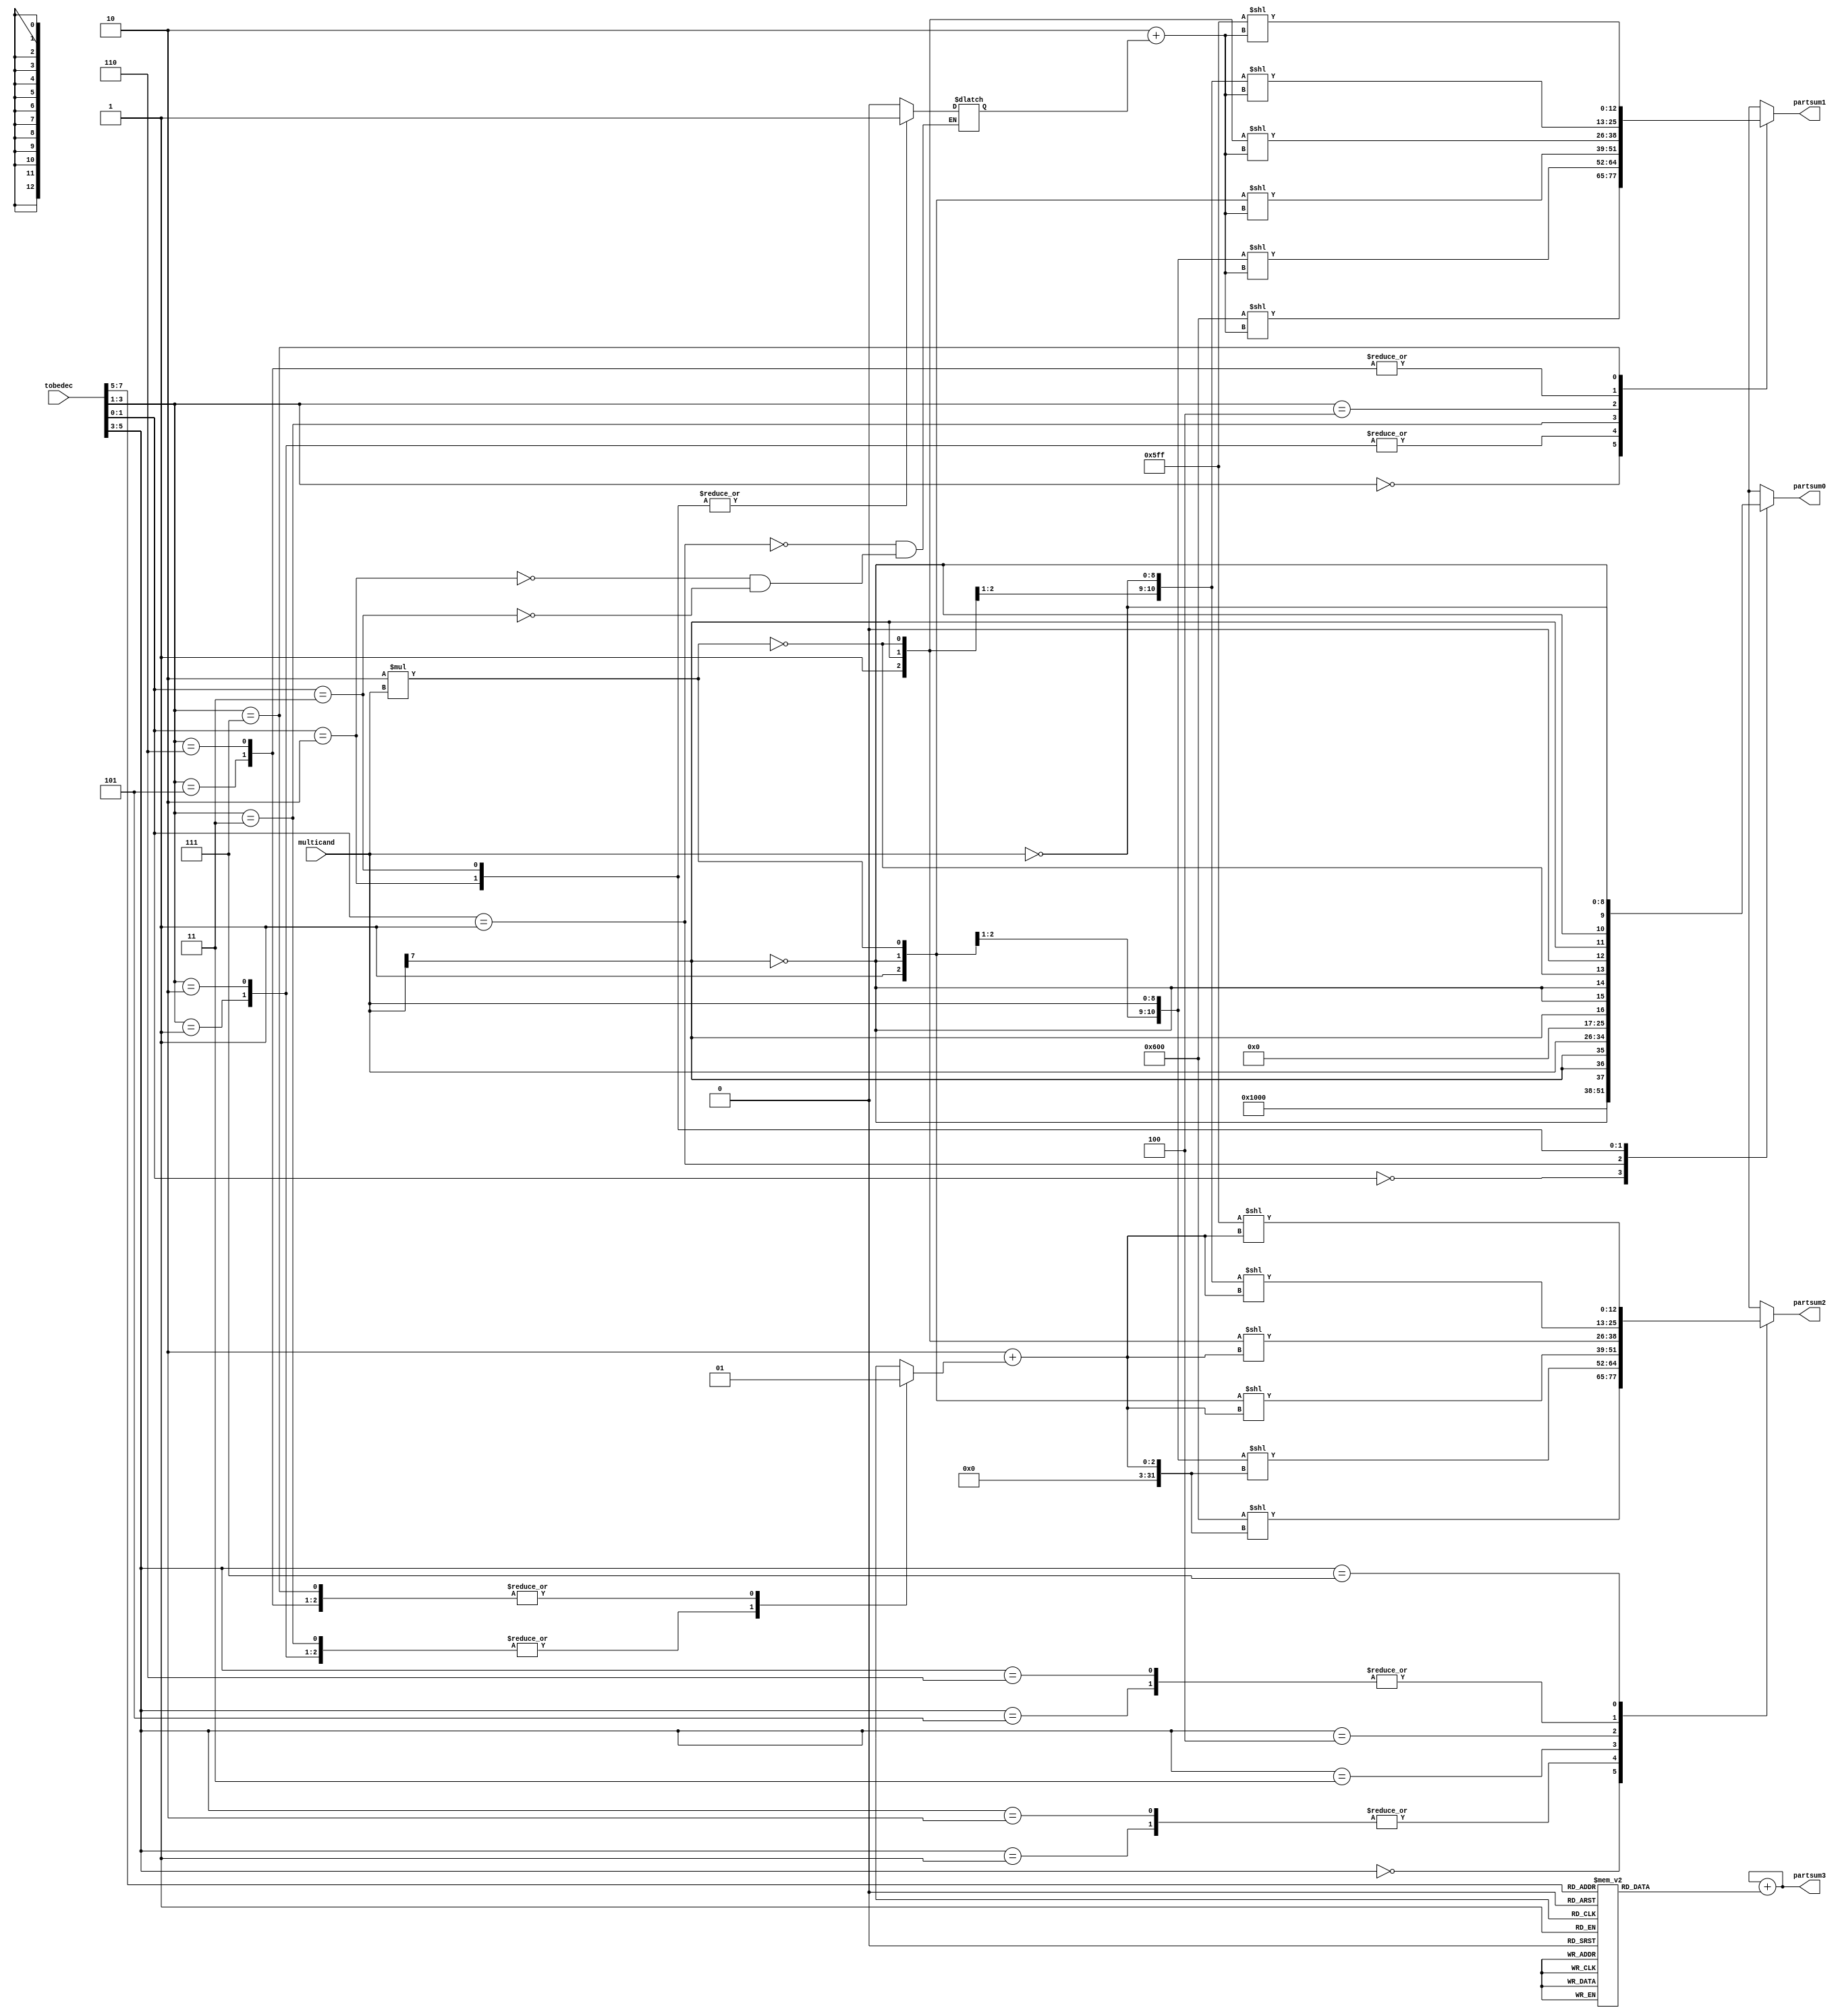
module booth_decoder(
    multicand, // already sign bit extended
    tobedec,
    partsum0,
    partsum1,
    partsum2,
    partsum3
    );
    parameter MULTICAND_WIDTH = 9;
    parameter PARTSUM_WIDTH = 13;
    reg s0,s1,s2,s3;
    reg multicand2;
    input [MULTICAND_WIDTH-1:0] multicand;
    input [8-1:0] tobedec;
    output reg [PARTSUM_WIDTH-1:0] partsum0,partsum1,partsum2,partsum3;
    always@(*)
    begin
        multicand2 <= 2*multicand;
        case(tobedec[1:0])  //last bit is 0
        2'b000:
        begin
           partsum0 <= {{1'b0},{3'b100},{MULTICAND_WIDTH{1'b0}}};
           s1 <= 0; 
        end 
        2'b01:
        begin
            partsum0 <= {{1'b0},{~multicand[MULTICAND_WIDTH-2]},{multicand[MULTICAND_WIDTH-2]},{multicand[MULTICAND_WIDTH-2]},multicand};
            s0 <= 0; 
        end 
        2'b10:
        begin
            partsum0 <= {{1'b0},{multicand[MULTICAND_WIDTH-2]},~{multicand[MULTICAND_WIDTH-2]},~{multicand[MULTICAND_WIDTH-2]},~multicand2};
            s0 <= 1;
        end 
        2'b11:
        begin
            partsum0 <= {{1'b0},{multicand[MULTICAND_WIDTH-2]},~{multicand[MULTICAND_WIDTH-2]},~{multicand[MULTICAND_WIDTH-2]},~multicand};
            s0 <= 1; 
        end  
        endcase
        case(tobedec[3:1])
        3'b000: //s=0 e=1
        begin
            partsum1 <= {{2'b11},{MULTICAND_WIDTH{1'b0}}}<<2+s0;
            s1 <= 0;
        end
        3'b001://
        begin
            partsum1 <= {{1'b1},{~multicand[MULTICAND_WIDTH-2]},multicand}<<2+s0;
            s1 <= 0;
        end 
        3'b010:
        begin
            partsum1 <= {{1'b1},{~multicand[MULTICAND_WIDTH-2]},multicand}<<2+s0;
            s1 <= 0;        
        end 
        3'b011:
        begin
            partsum1 <= {{1'b1},{~multicand[MULTICAND_WIDTH-2]},multicand2}<<2+s0;
            s1 <= 0;        
        end
        3'b100:
        begin
            partsum1 <= {{1'b1},{multicand[MULTICAND_WIDTH-2]},~multicand2}<<2+s0;
            s1 <= 1; 
        end 
        3'b101:
        begin
            partsum1 <= {{1'b1},{multicand[MULTICAND_WIDTH-2]},~multicand}<<2+s0;
            s1 <= 1; 
        end
        3'b110:
        begin
            partsum1 <= {{1'b1},{multicand[MULTICAND_WIDTH-2]},~multicand}<<2+s0;
            s1 <= 1; 
        end
        3'b111:
        begin
            partsum1 <= {{2'b10},~{MULTICAND_WIDTH{1'b0}}}<<2+s0;
            s1 <= 1; 
        end
        endcase
        
//        -------------------------------------------------------------
        case(tobedec[5:3])
        3'b000: //s=0 e=1
        begin
            partsum2 <= {{2'b11},{MULTICAND_WIDTH{1'b0}}}<<2+s1;
            s2 <= 0;
        end
        3'b001://
        begin
            partsum2 <= {{1'b1},{~multicand[MULTICAND_WIDTH-2]},multicand}<<2+s1;
            s2 <= 0;
        end 
        3'b010:
        begin
            partsum2 <= {{1'b1},{~multicand[MULTICAND_WIDTH-2]},multicand}<<2+s1;
            s2 <= 0;        
        end 
        3'b011:
        begin
            partsum2 <= {{1'b1},{~multicand[MULTICAND_WIDTH-2]},multicand2}<<2+s1;
            s2 <= 0;        
        end
        3'b100:
        begin
            partsum2 <= {{1'b1},{multicand[MULTICAND_WIDTH-2]},~multicand2}<<2+s1;
            s2 <= 1; 
        end 
        3'b101:
        begin
            partsum2 <= {{1'b1},{multicand[MULTICAND_WIDTH-2]},~multicand}<<2+s1;
            s2 <= 1; 
        end
        3'b110:
        begin
            partsum2 <= {{1'b1},{multicand[MULTICAND_WIDTH-2]},~multicand}<<2+s1;
            s2 <= 1; 
        end
        3'b111:
        begin
            partsum2 <= {{2'b10},~{MULTICAND_WIDTH{1'b0}}}<<2+s1;
            s2 <= 1; 
        end
        endcase
        
        
        //        -------------------------------------------------------------
        case(tobedec[7:5])
        3'b000: //s=0 e=1
        begin
            partsum3 <= {{1'b1},{MULTICAND_WIDTH{1'b0}}}<<2+s2;
            s3 <= 0;
        end
        3'b001://
        begin
            partsum3 <= {{~multicand[MULTICAND_WIDTH-2]},multicand}<<2+s2;
            s3 <= 0;
        end 
        3'b010:
        begin
            partsum3 <= {{~multicand[MULTICAND_WIDTH-2]},multicand}<<2+s2;
            s3 <= 0;        
        end 
        3'b011:
        begin
            partsum3 <= {{~multicand[MULTICAND_WIDTH-2]},multicand2}<<2+s2;
            s3 <= 0;        
        end
        3'b100:
        begin
            partsum3 <= {{multicand[MULTICAND_WIDTH-2]},~multicand2}<<2+s2;
            s3 <= 1; 
        end 
        3'b101:
        begin
            partsum3 <= {{multicand[MULTICAND_WIDTH-2]},~multicand}<<2+s2;
            s3 <= 1; 
        end
        3'b110:
        begin
            partsum3 <= {{multicand[MULTICAND_WIDTH-2]},~multicand}<<2+s2;
            s3 <= 1; 
        end
        3'b111:
        begin
            partsum3 <= {{1'b0},~{MULTICAND_WIDTH{1'b0}}}<<2+s2;
            s3 <= 1; 
        end
        endcase
        partsum3 <= partsum3+s3;
    end
endmodule